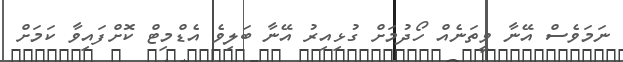
ނަމަވެސް އޭނާ ވީތަނެއް ހޯދުމަށް ގުޅިއިރު އޭނާ ބަލިވެ އެޑްމިޓް ކޮށްފައިވާ ކަމަށް